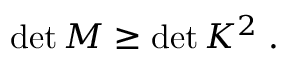
\begin{array} { r } { \operatorname* { d e t } M \geq \operatorname* { d e t } K ^ { 2 } \; . } \end{array}